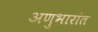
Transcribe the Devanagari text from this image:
अणुभारांत